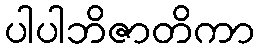
ပါပါဘိဇာတိကာ